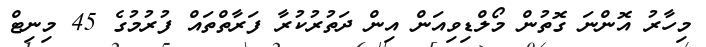
މިހާރު އޮންނަ ގޮތުން މޯލްޑިވިއަން އިން ދަތުރުކުރާ ފަރާތްތައް ފުރުމުގެ 45 މިނިޓް